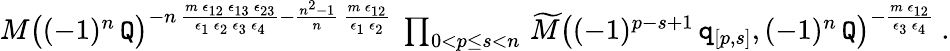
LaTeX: \begin{array}{r}{M\big((-1)^{n}\, \mathtt{Q}\big)^{-n\, \frac{m\, \epsilon_{12}\, \epsilon_{13}\, \epsilon_{23}}{\epsilon_{1}\, \epsilon_{2}\, \epsilon_{3}\, \epsilon_{4}}-\frac{n^{2}-1}{n}\, \frac{m\, \epsilon_{12}}{\epsilon_{1}\, \epsilon_{2}}}\ \prod_{0<p\leq s<n}\, \widetilde{M}\big((-1)^{p-s+1}\, \mathtt{q}_{[p,s]},(-1)^{n}\, \mathtt{Q}\big)^{-\frac{m\, \epsilon_{12}}{\epsilon_{3}\, \epsilon_{4}}}\ .}\end{array}